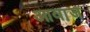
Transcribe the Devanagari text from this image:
आवा़ज